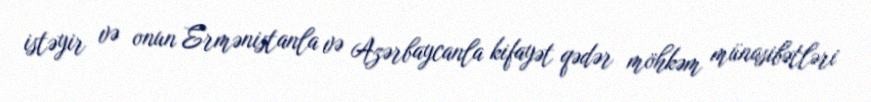
istəyir və onun Ermənistanla və Azərbaycanla kifayət qədər möhkəm münasibətləri